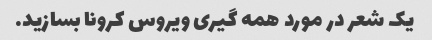
یک شعر در مورد همه گیری ویروس کرونا بسازید.